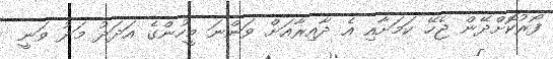
ފޯރުކޮށްދޭން ޖެހޭ ކަމަށާއި އެ ދާއިރާއަށް ވަންނަ މީހުންގެ އަދަދު މަދު ވަނީ